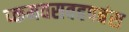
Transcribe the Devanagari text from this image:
प्कमवसवहपबंस